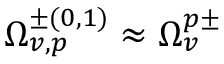
\Omega _ { v , p } ^ { \pm ( 0 , 1 ) } \approx \Omega _ { v } ^ { p \pm }